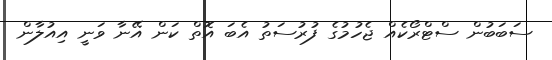
ސަބަބުން ސްޓްރޯކެއް ޖެހުމުގެ ފުރުސަތު އެބަ އޮތް ކަން އޭނާ ވަނީ އިއުލާން